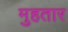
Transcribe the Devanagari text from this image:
मुहतार